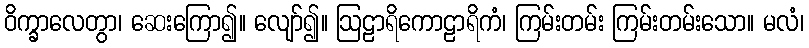
ဝိက္ခာလေတွာ၊ ဆေးကြော၍။ လျော်၍။ ဩဠာရိကောဠာရိကံ၊ ကြမ်းတမ်း ကြမ်းတမ်းသော။ မလံ၊